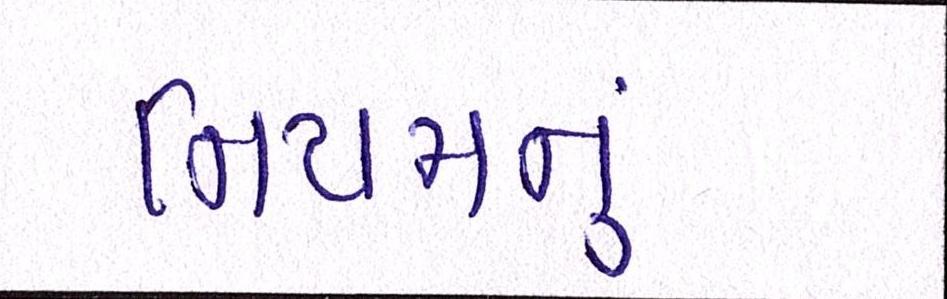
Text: નિયમનું